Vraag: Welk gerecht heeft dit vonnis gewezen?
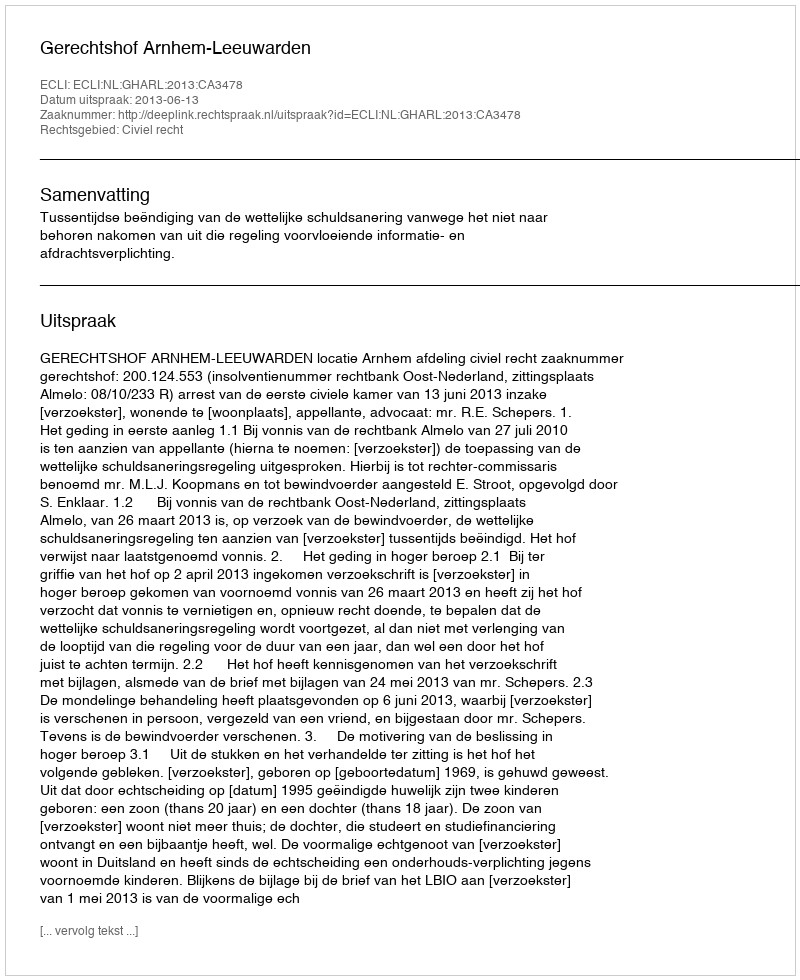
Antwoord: Gerechtshof Arnhem-Leeuwarden